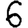
Digit: 6